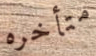
متأخره